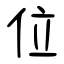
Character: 位